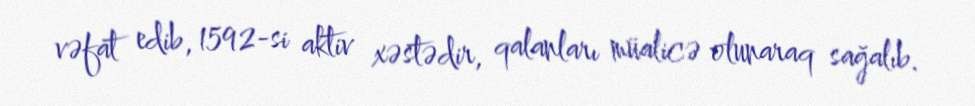
vəfat edib, 1592-si aktiv xəstədir, qalanları müalicə olunaraq sağalıb.